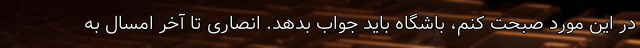
در این مورد صبحت کنم، باشگاه باید جواب بدهد. انصاری تا آخر امسال به